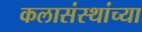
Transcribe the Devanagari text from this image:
कलासंस्थांच्या